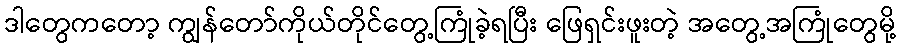
ဒါတွေကတော့ ကျွန်တော်ကိုယ်တိုင်တွေ့ကြုံခဲ့ရပြီး ဖြေရှင်းဖူးတဲ့ အတွေ့အကြုံတွေမို့